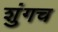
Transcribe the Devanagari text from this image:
शुंगच